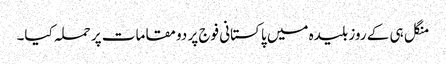
منگل ہی کے روز بلیدہ میں پاکستانی فوج پر دو مقامات پر حملہ کیا۔